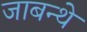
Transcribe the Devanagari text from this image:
जाबन्थे